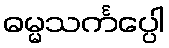
ဓမ္မသင်္ကပ္ပေါ